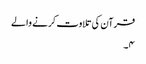
قرآن کی تلاوت کرنے والے
۴۔